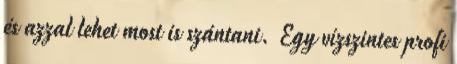
és azzal lehet most is szántani. Egy vízszintes profi